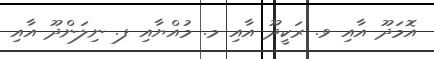
އޮމަދޫ އާއި ވ. ރަކީދޫ އާއި މ. މުއްޔާއި ފ. ނިލަންދޫ އާއި